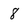
Character: 8